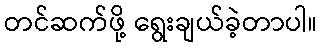
တင်ဆက်ဖို့ ရွေးချယ်ခဲ့တာပါ။